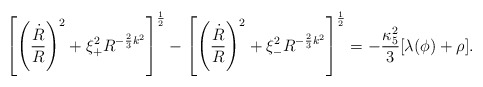
\begin{align*}\left[\left({\dot{R}\over R}\right)^2+\xi_{+}^2 R^{-{2\over 3}k^2}\right]^{1\over2}-\left[\left({\dot{R}\over R}\right)^2+\xi_{-}^2 R^{-{2\over 3}k^2}\right]^{1\over2}=-{\kappa_{5}^2\over3}[\lambda(\phi)+\rho].\end{align*}